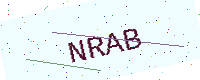
Text: NRAB